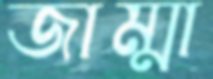
জাম্মা